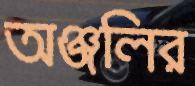
অঞ্জলির